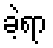
ခဲ့ရာ